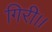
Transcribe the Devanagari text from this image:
गिरी।।